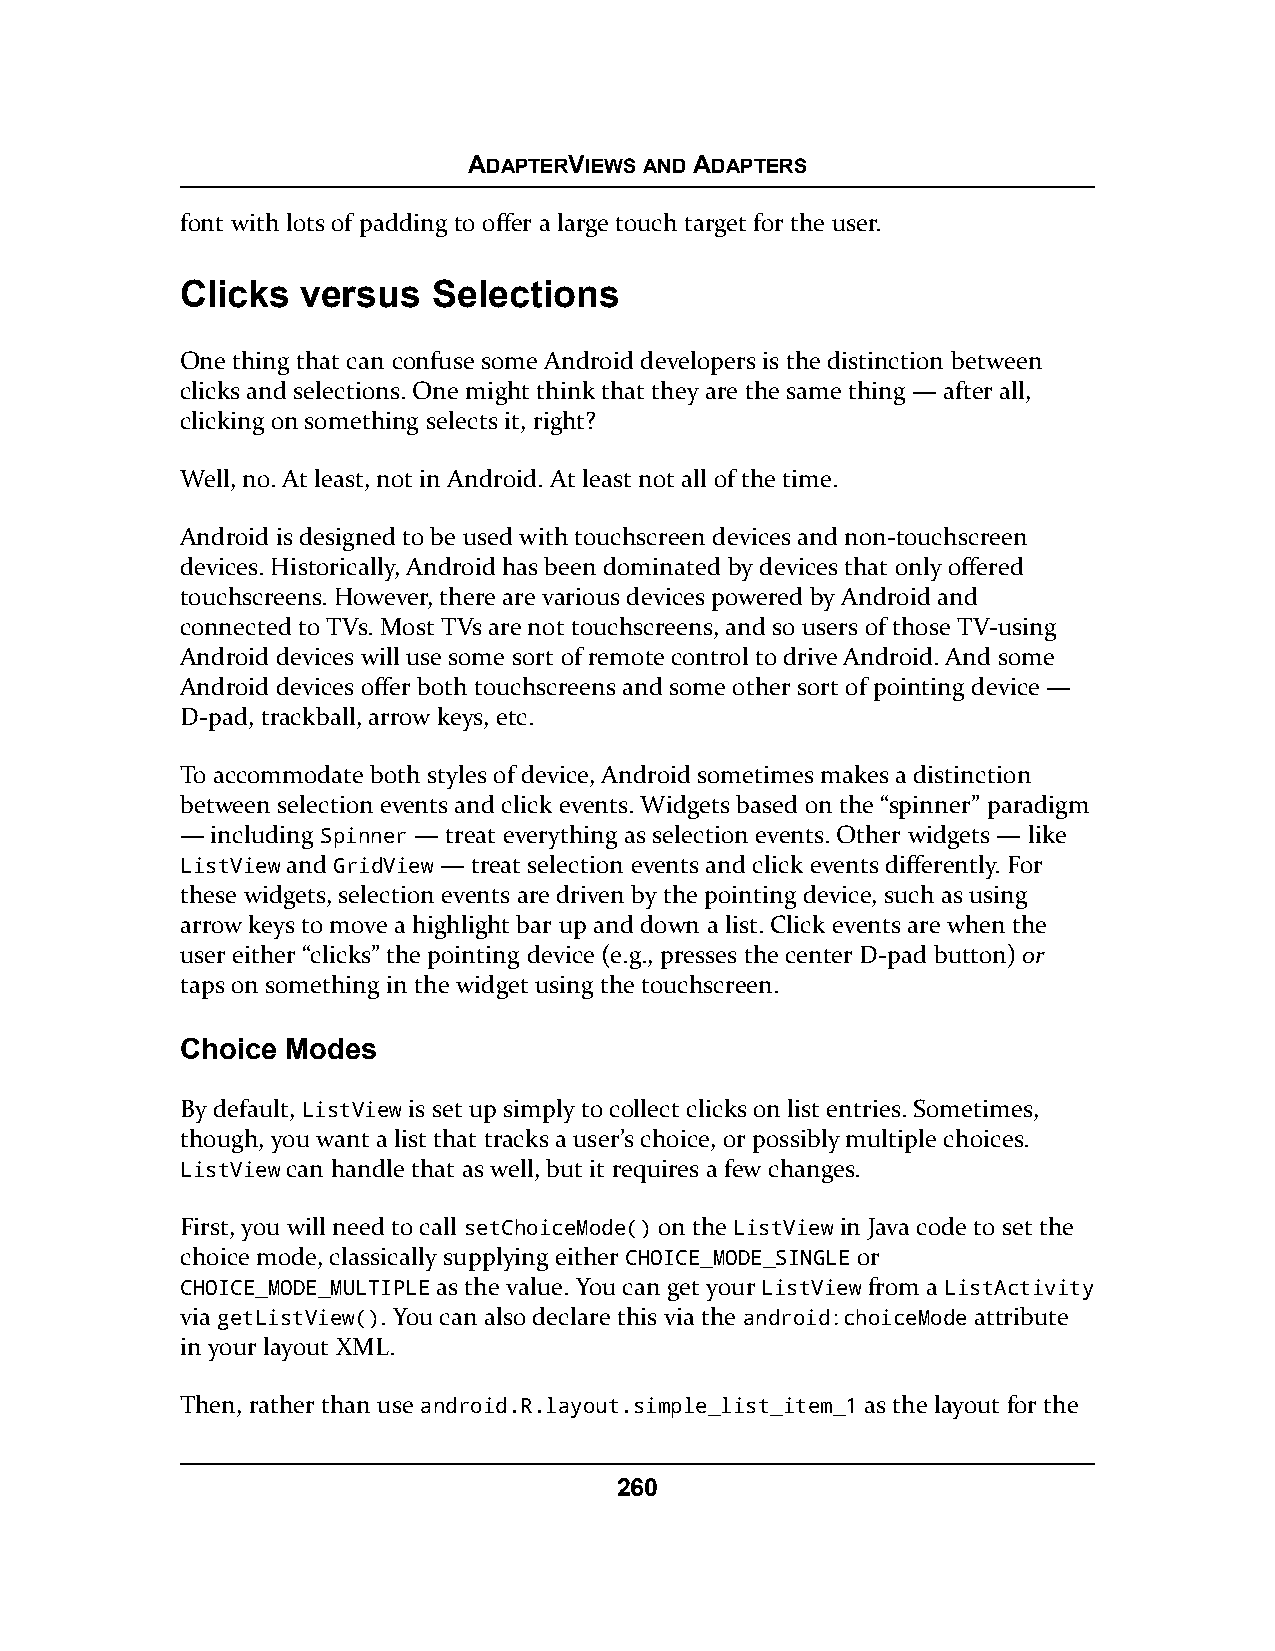
ADAPTERVIEWS AND ADAPTERS
 font with lots of padding to offer a large touch target for the user.
 Clicks  versus   Selections
 One thing that can confuse some Android developers is the distinction between
 clicks and selections. One might think that they are the same thing — after all,
 clicking on something selects it, right?
 Well, no. At least, not in Android. At least not all of the time.
 Android is designed to be used with touchscreen devices and non-touchscreen
 devices. Historically, Android has been dominated by devices that only offered
 touchscreens. However, there are various devices powered by Android and
 connected to TVs. Most TVs are not touchscreens, and so users of those TV-using
 Android devices will use some sort of remote control to drive Android. And some
 Android devices offer both touchscreens and some other sort of pointing device —
 D-pad, trackball, arrow keys, etc.
 To accommodate both styles of device, Android sometimes makes a distinction
 between selection events and click events. Widgets based on the “spinner” paradigm
 — including Spinner — treat everything as selection events. Other widgets — like
 ListView and GridView — treat selection events and click events differently. For
 these widgets, selection events are driven by the pointing device, such as using
 arrow keys to move a highlight bar up and down a list. Click events are when the
 user either “clicks” the pointing device (e.g., presses the center D-pad button) or
 taps on something in the widget using the touchscreen.
 Choice Modes
 By default, ListView is set up simply to collect clicks on list entries. Sometimes,
 though, you want a list that tracks a user’s choice, or possibly multiple choices.
 ListView can handle that as well, but it requires a few changes.
 First, you will need to call setChoiceMode() on the ListView in Java code to set the
 choice mode, classically supplying either CHOICE_MODE_SINGLE or
 CHOICE_MODE_MULTIPLE as the value. You can get your ListView from a ListActivity
 via getListView(). You can also declare this via the android:choiceMode attribute
 in your layout XML.
 Then, rather than use android.R.layout.simple_list_item_1 as the layout for the
 260